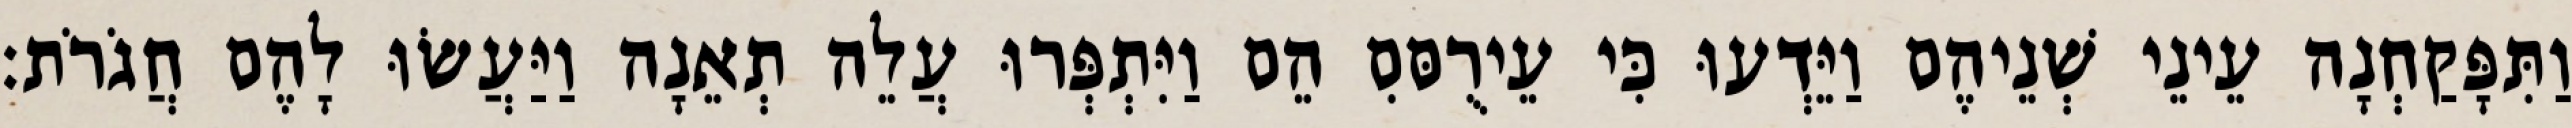
וַתִּפָּקַחְנָה עֵינֵי שְׁנֵיהֶם וַיֵּדְעוּ כִּי עֵירֻםִּם הֵם וַיִּתְפְּרוּ עֲלֵה תְאֵנָה וַיַּעֲשׂוּ לָהֶם חֲגֹרֹת׃